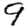
Digit: 9